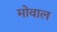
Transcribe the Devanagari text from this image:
मोवाल